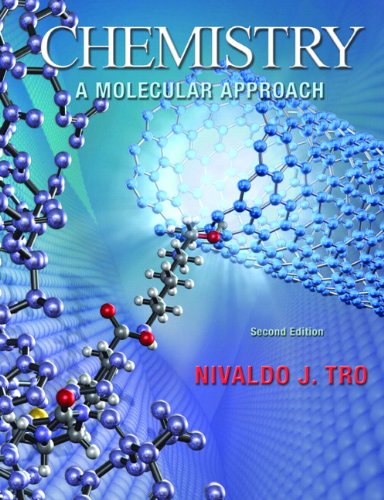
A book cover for Chemistry: A Molecular Approach (2nd US Edition); Nivaldo J. Tro; Science & Math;